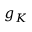
g _ { K }